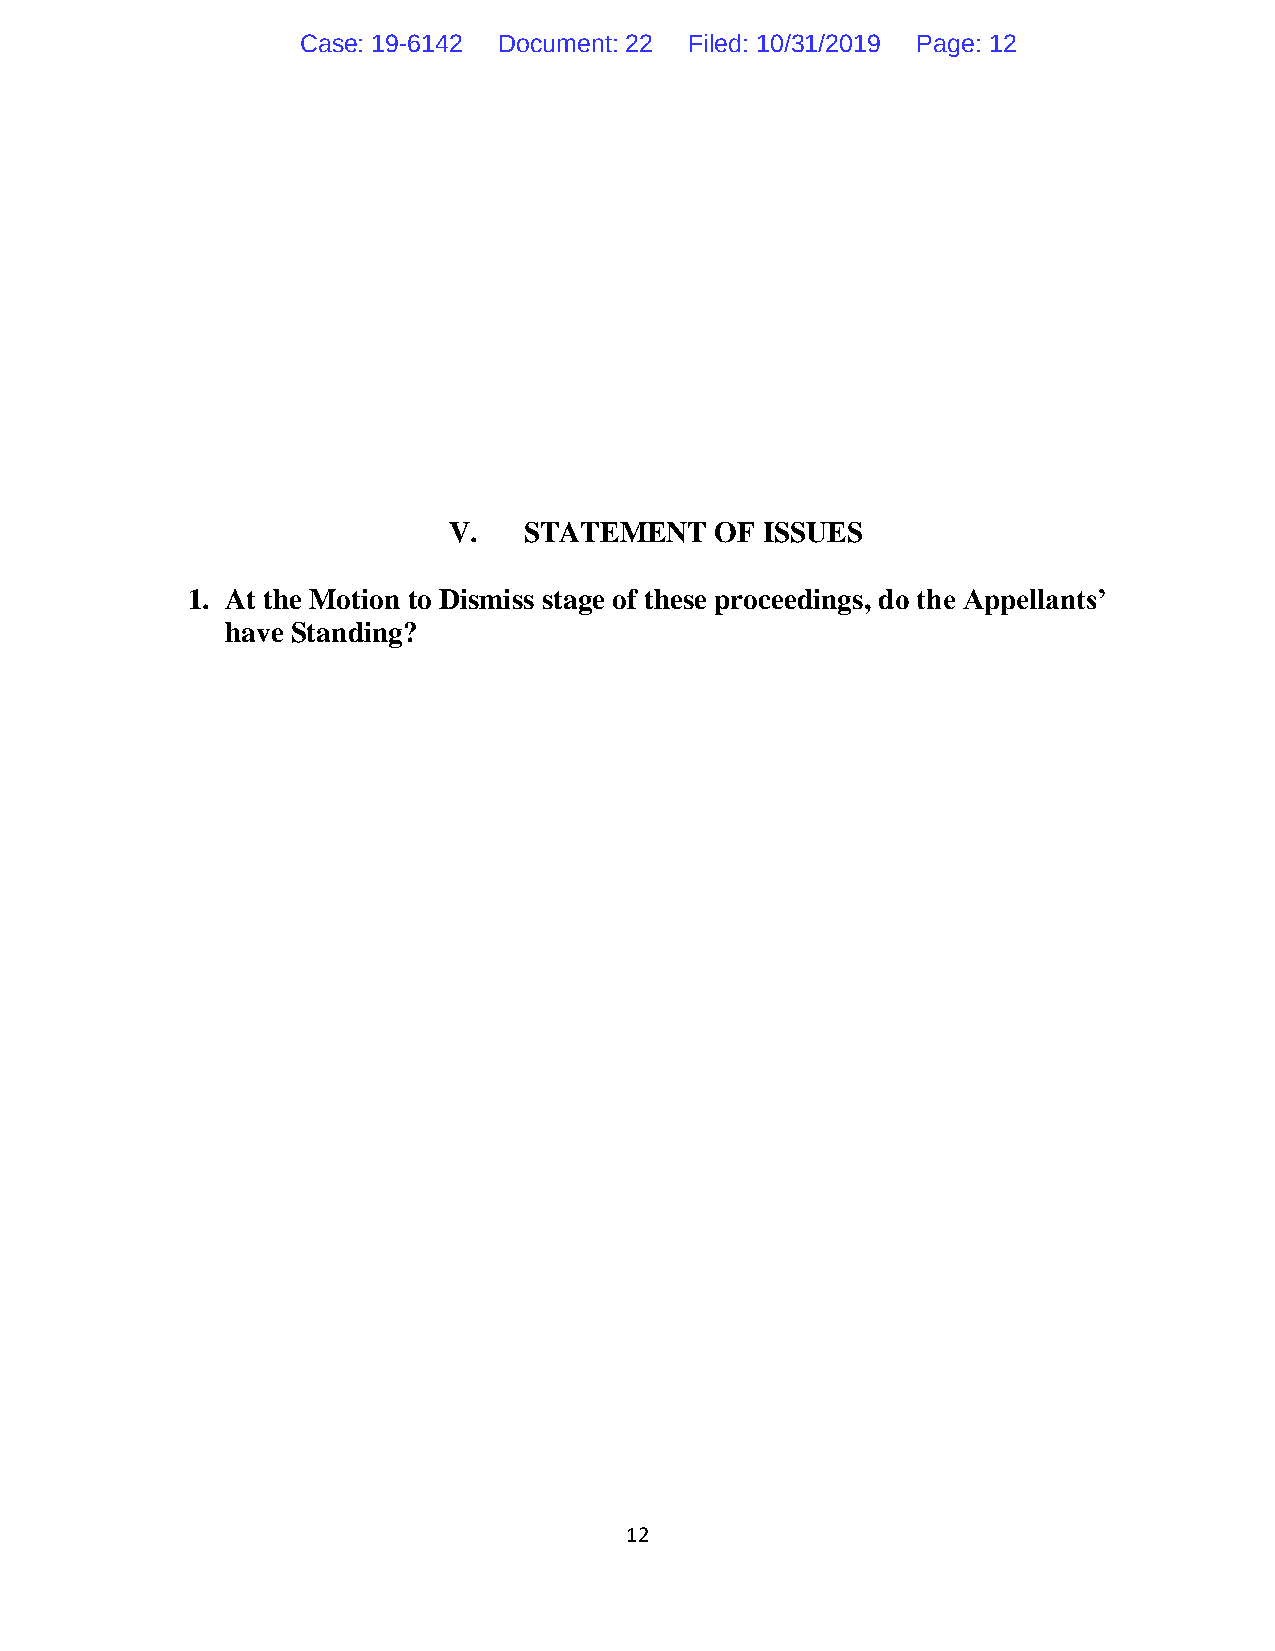
Case: 19-6142 Document: 22 Filed: 10/31/2019 Page: 12
 V.   STATEMENT   OF ISSUES
 1. At the Motion to Dismiss stage of these proceedings, do the Appellants’
 have Standing?
 12